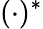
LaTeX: (\cdot)^{\ast}